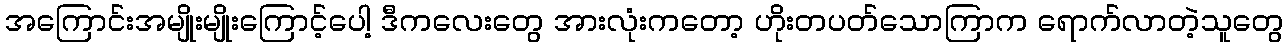
အကြောင်းအမျိုးမျိုးကြောင့်ပေါ့ ဒီကလေးတွေ အားလုံးကတော့ ဟိုးတပတ်သောကြာက ရောက်လာတဲ့သူတွေ